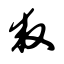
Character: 救